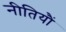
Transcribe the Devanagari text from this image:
नीतियौं